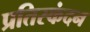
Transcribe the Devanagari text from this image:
प्रतिस्कंदन